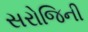
સરોજિની